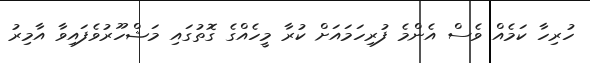
ހުރިހާ ކަމެއް ވެސް އެންމެ ފުރިހަމައަށް ކުރާ މީހެއްގެ ގޮތުގައި މަޝްހޫރުވެފައިވާ އާމިރު